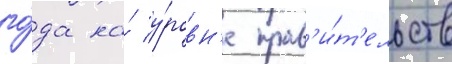
го́да на́ у́ровн'е прав'и́т'ельств